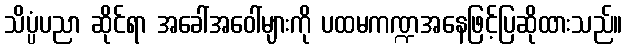
သိပ္ပံပညာ ဆိုင်ရာ အခေါ်အဝေါ်များကို ပထမကဏ္ဍအနေဖြင့်ပြဆိုထားသည်။